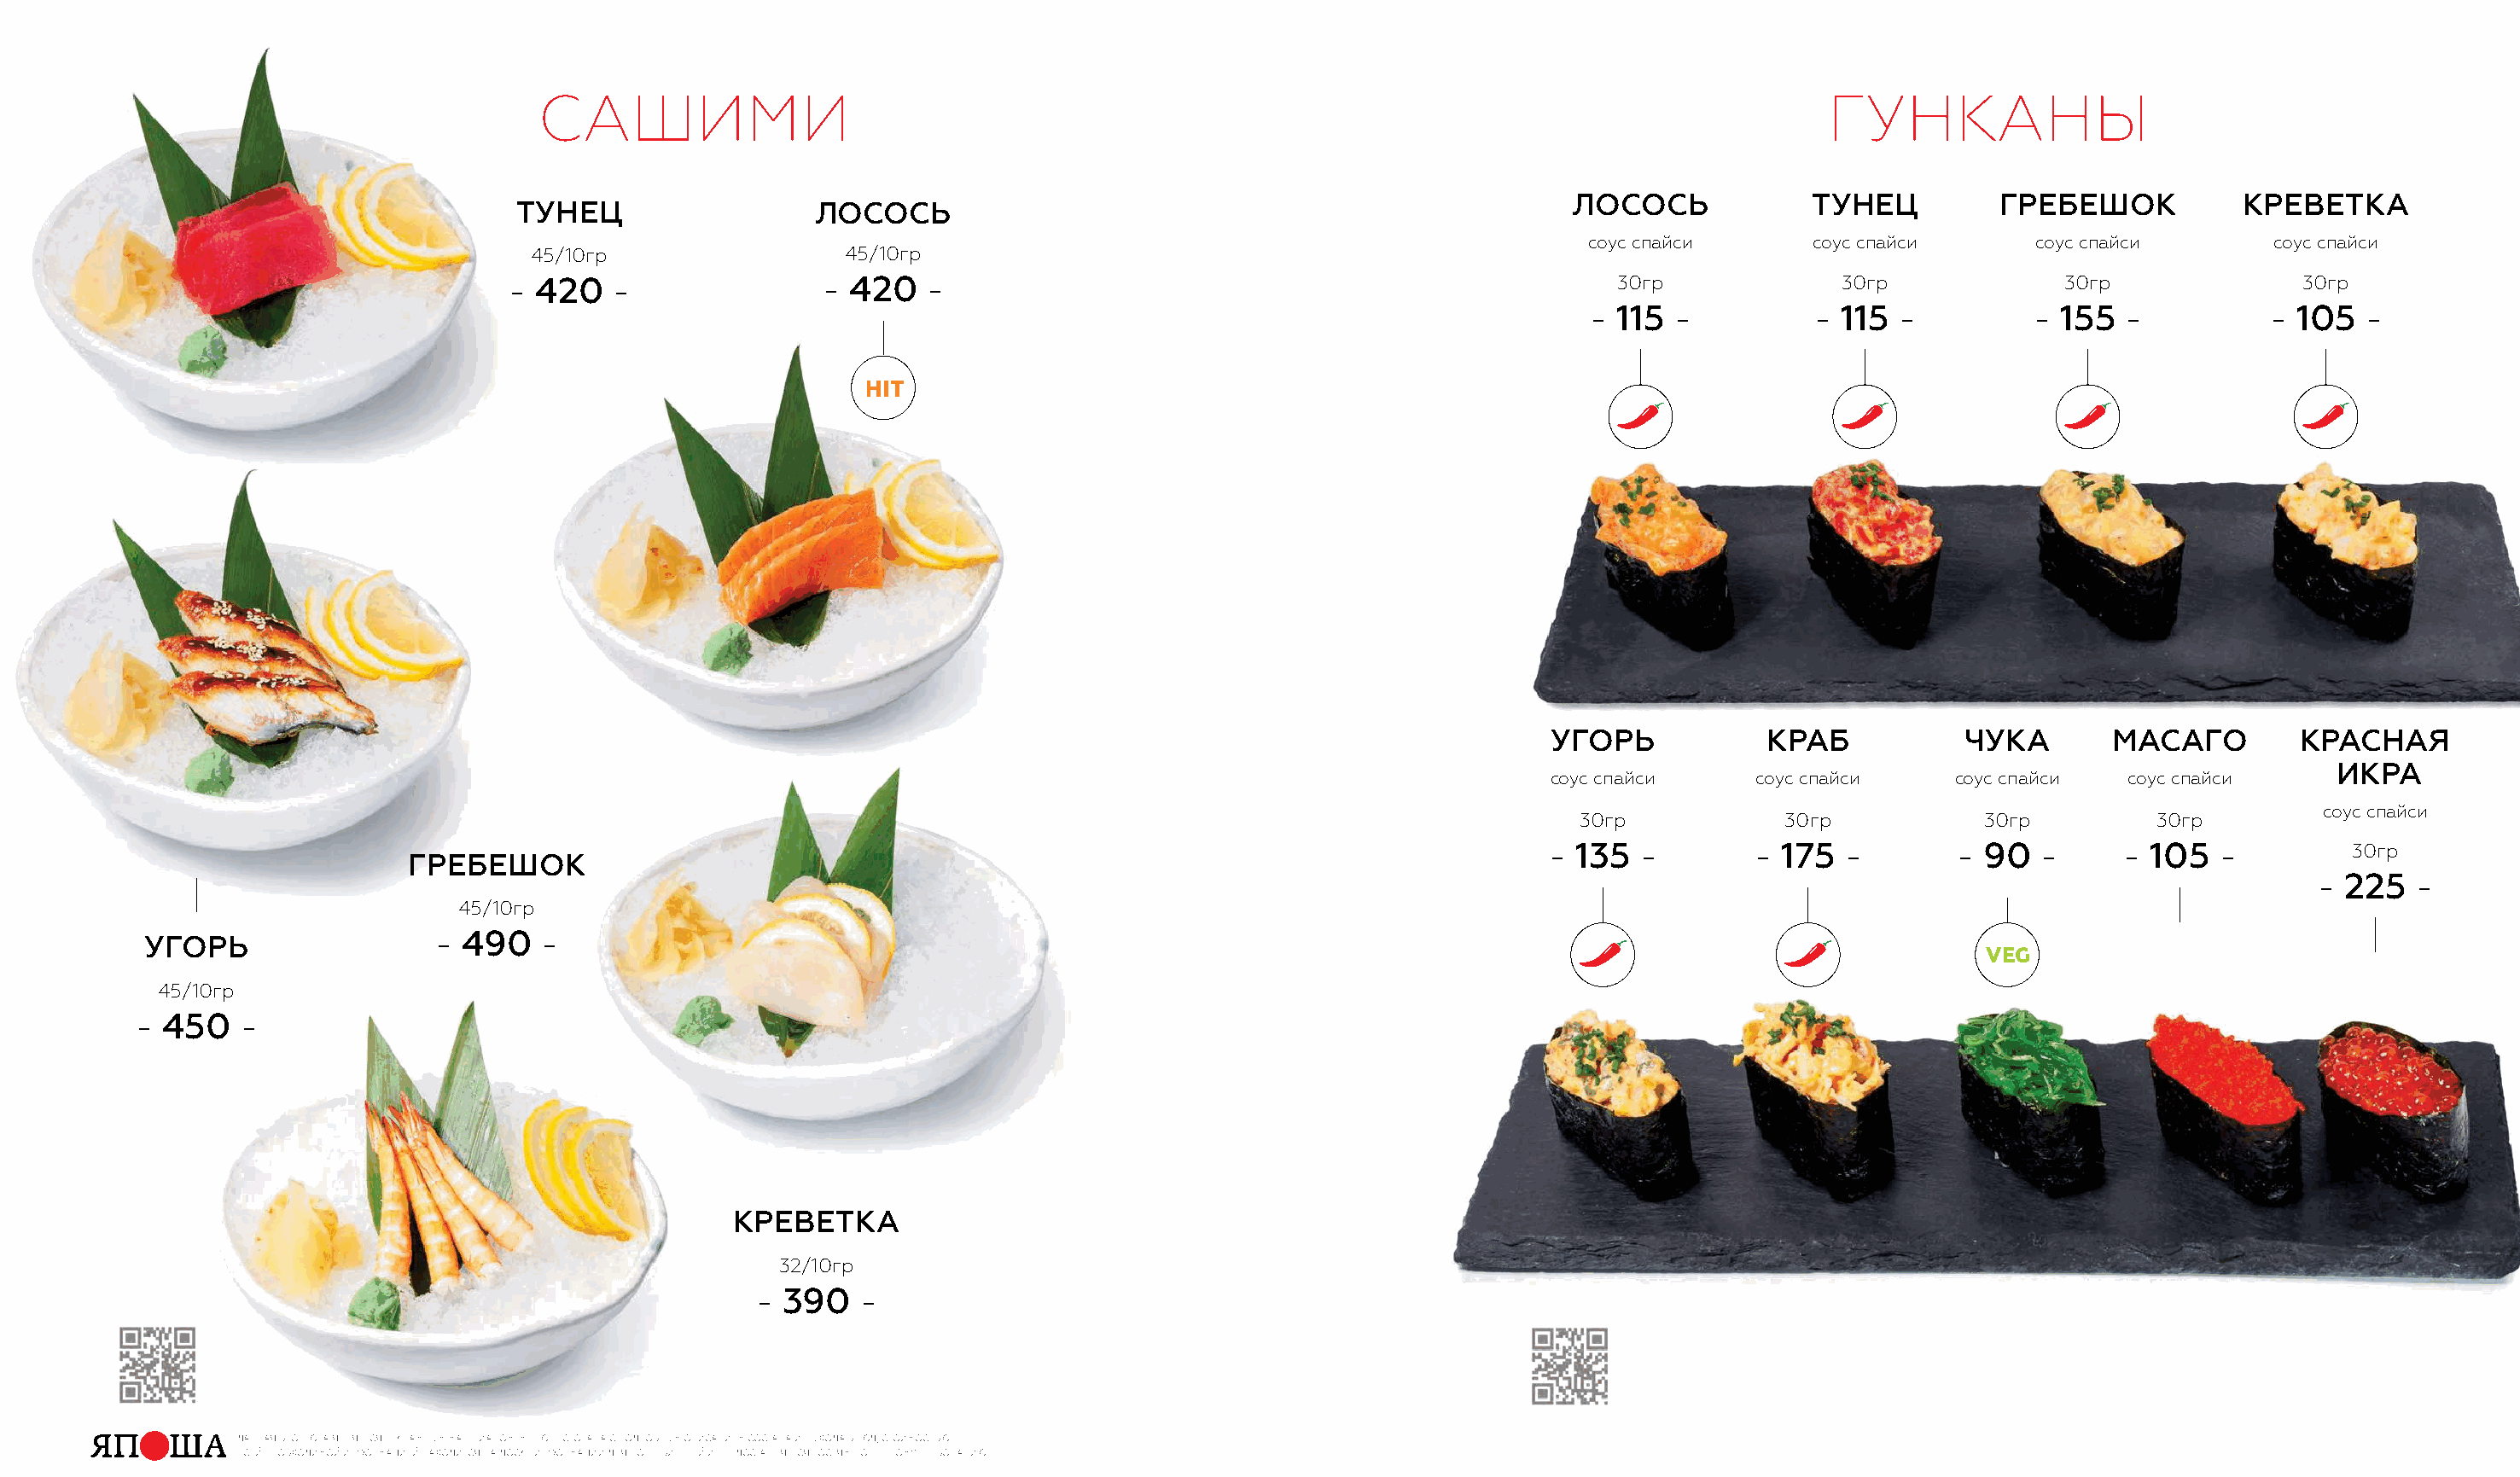
сашими                                                                                              гунканы
 лосось             тунец         гребешок           креветка
 тунец                  лосось
 соус спайси       соус спайси      соус спайси       соус спайси
 45/10гр                  45/10гр
 -  420   -               - 420   -                                                    30гр              30гр             30гр               30гр
 - 115  -          - 115 -          - 155  -          - 105  -
 Hit
 угорь            краб           чука        масаго        красная
 икра
 соус спайси     соус спайси     соус спайси  соус спайси
 соус спайси
 30гр           30гр            30гр         30гр
 - 135  -        - 175  -        - 90  -      - 105  -         30гр
 гребешок
 - 225  -
 45/10гр
 - 490   -
 угорь
 veg
 45/10гр
 - 450   -
 креветка
 32/10гр
 - 390   -
 Данная брошюра является рекламным материалом. меню ресторана с поДробным описанием состава и выхоДа блюД, стоимостью
 всей необхоДимой информацией нахоДится на Доске информации Для потребителей и преДоставляется гостям по первому требованию